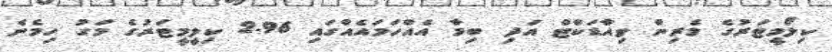
ކިލޯމީޓަރުގެ މެރިން ވިއާޑަކްޓް އަދި ބިމާ އެއްހަމައެއްގައި 2.96 ކިލީމީޓަރުގެ މަގު ހިމެނެ